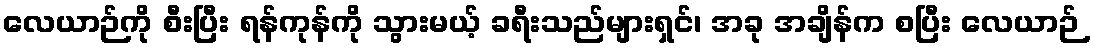
လေယာဉ်ကို စီးပြီး ရန်ကုန်ကို သွားမယ့် ခရီးသည်များရှင်၊ အခု အချိန်က စပြီး လေယာဉ်